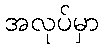
အလုပ်မှာ